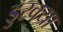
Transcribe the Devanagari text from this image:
डुरक्या